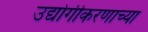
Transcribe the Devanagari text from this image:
उद्योगीकरणाच्या